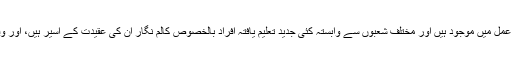
روحانیت کے جدید علمبردار بھی میدانِ عمل میں موجود ہیں اور مختلف شعبوں سے وابستہ کئی جدید تعلیم یافتہ افراد بالخصوص کالم نگار اُن کی عقیدت کے اسیر ہیں، اور وقتاً فوقتاًاُن کا ذکرِ خیر کرتے رہتے ہیں۔